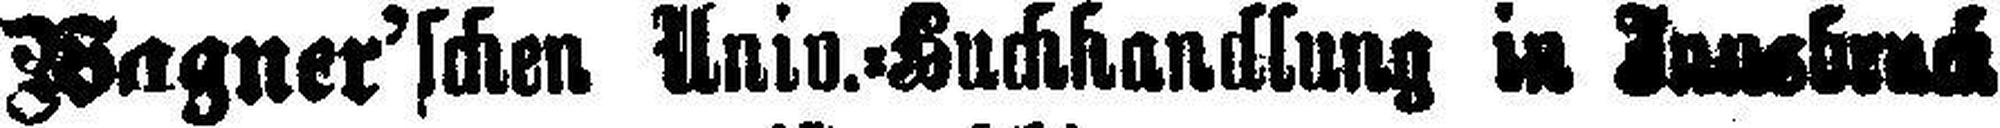
Wagner'schen Univ.=Huchhandlung in Innsbruck